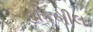
હોકબીલ